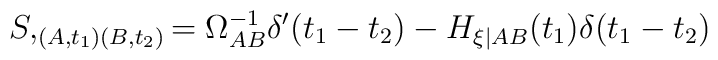
S,_{(A,t_1)(B,t_2)} = \Omega^{-1}_{AB} \delta'(t_1-t_2) - H_{\xi|AB}(t_1)\delta(t_1-t_2)